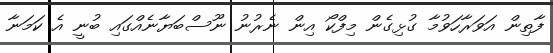
ފާތިން އަވަރާހަވުމާ ގުޅިގެން މިފްކޯ އިން ނެރުނު ނޫސްބަޔާނެއްގައި ބުނީ އެ ކަމަނާ